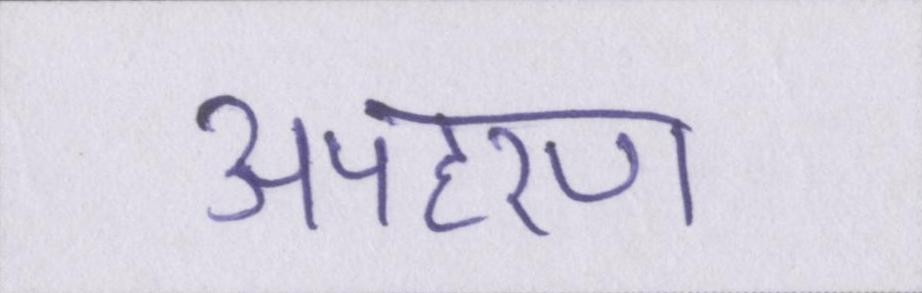
अपहरण